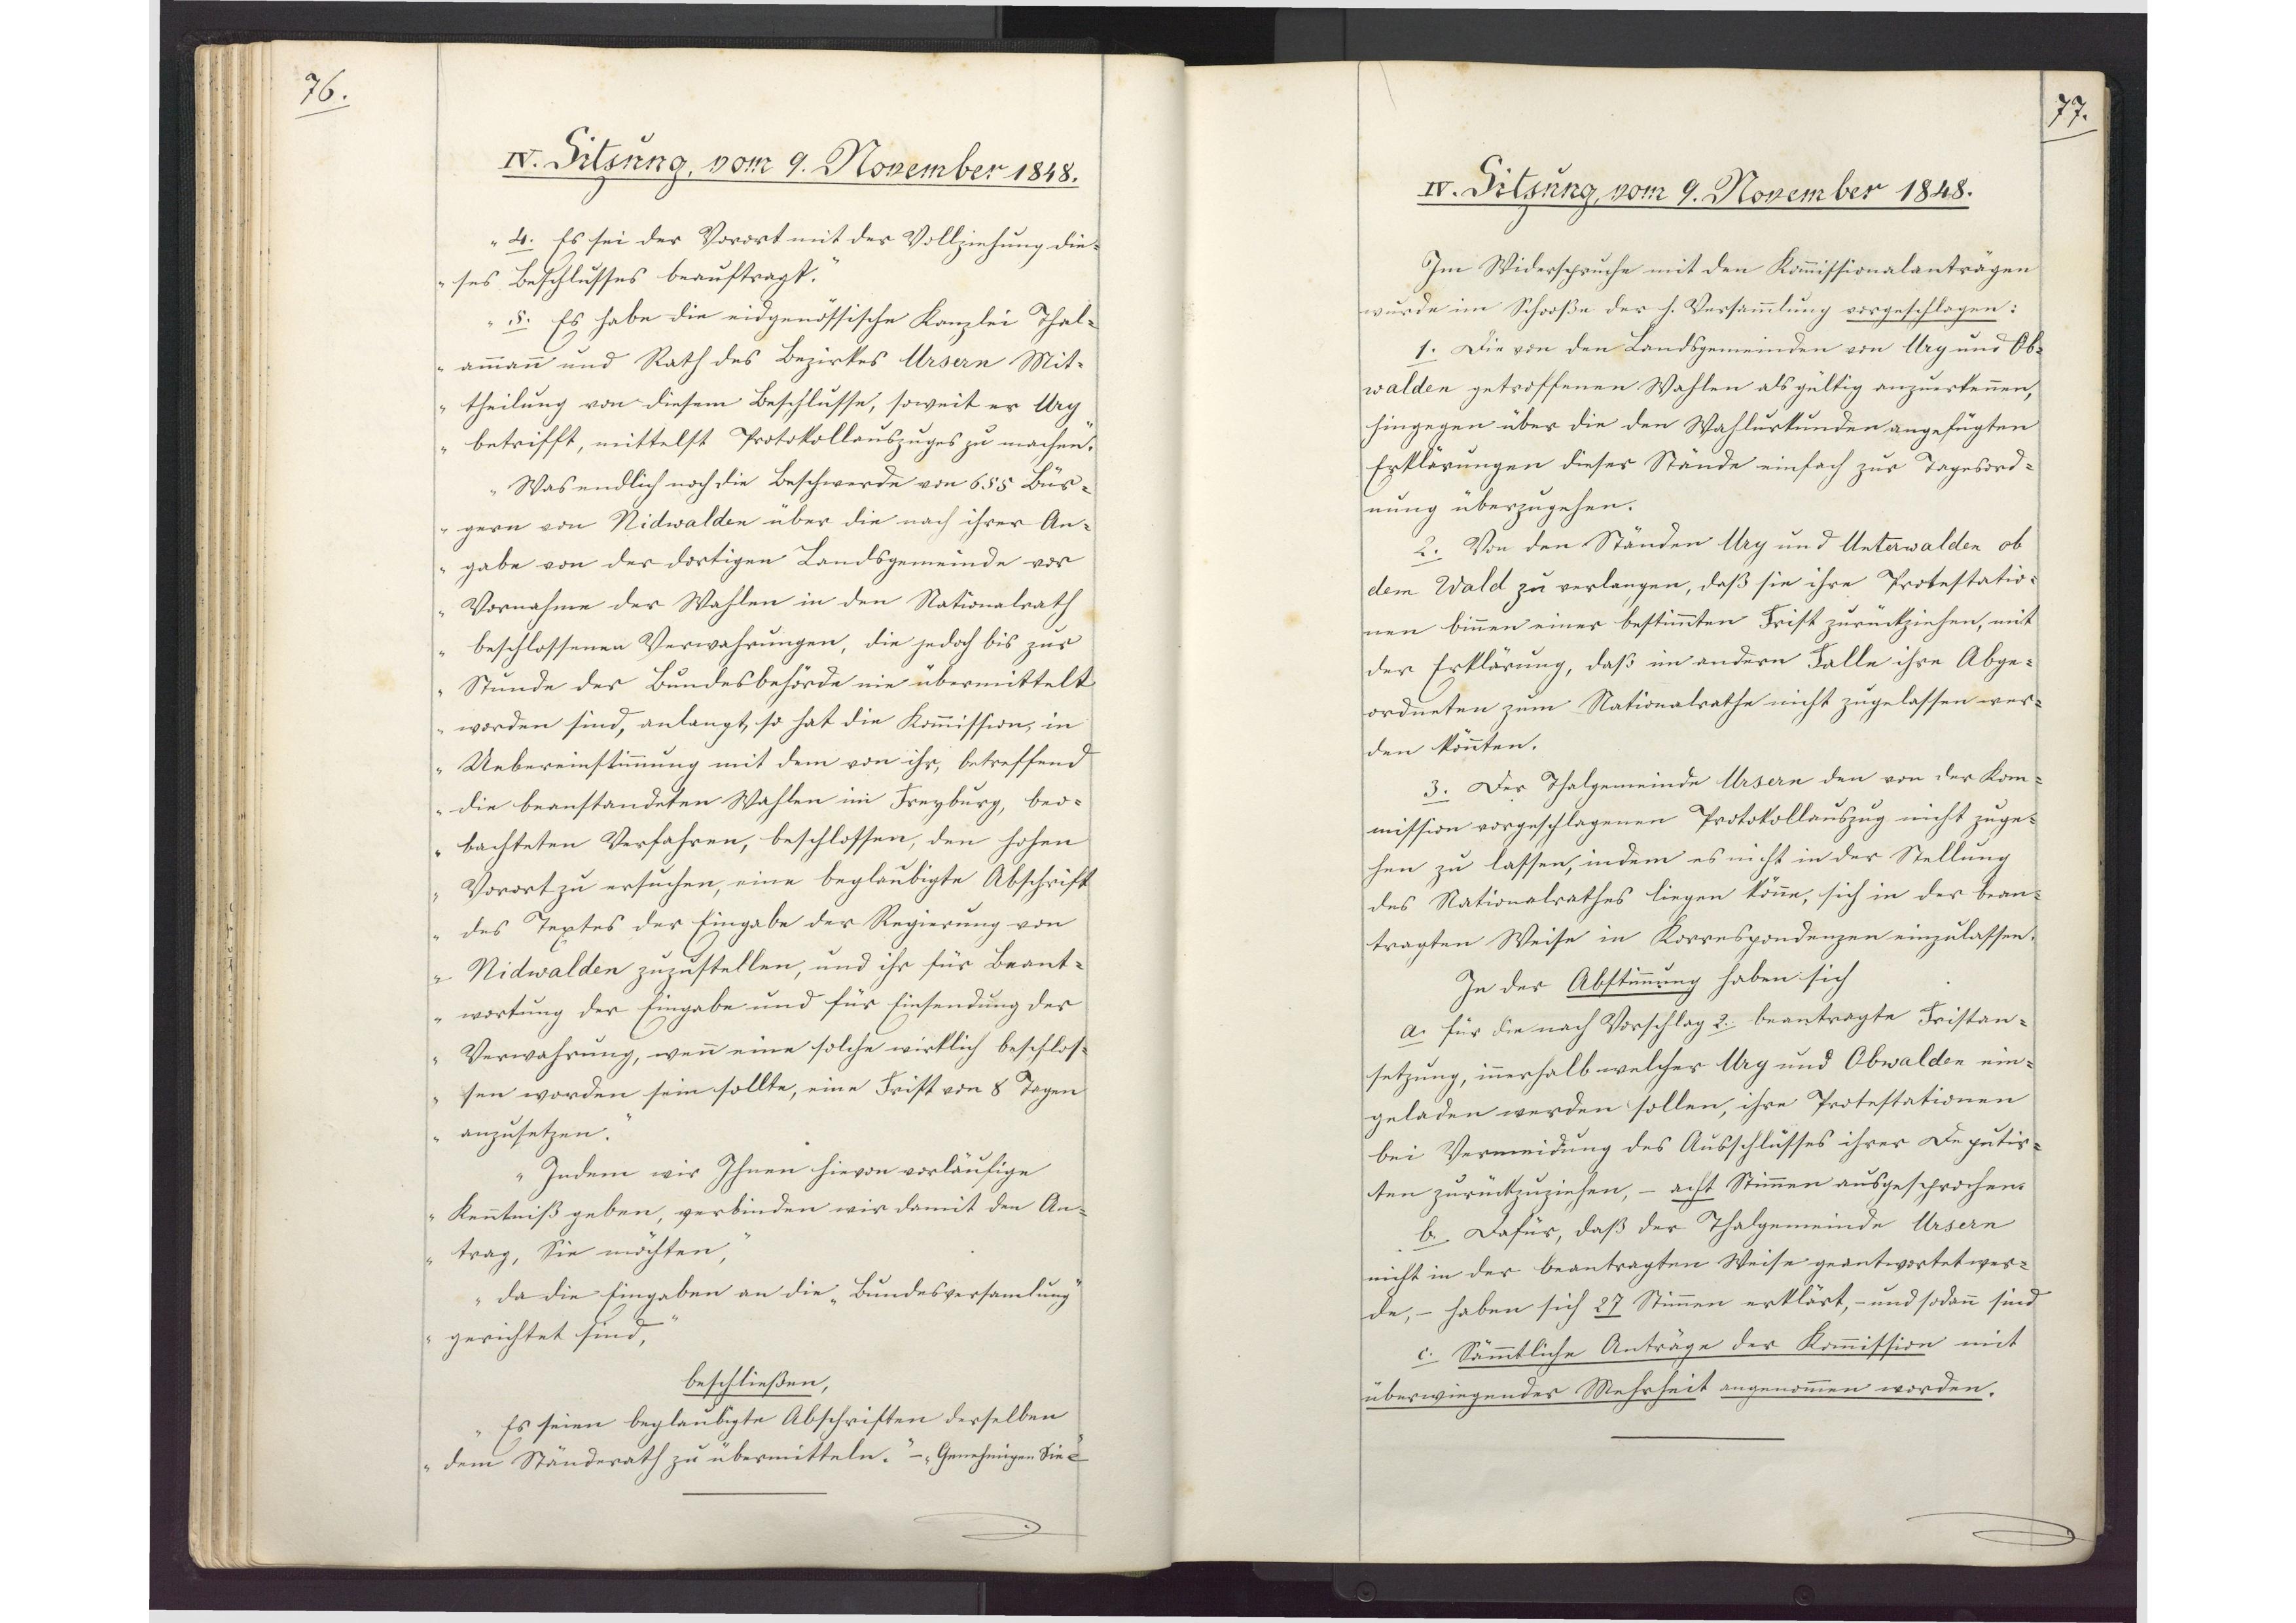
76.

IV. Sitzung, vom 9. November 1848.

4. Es sei der Vorort mit der Vollziehung die¬
ses Beschlusses beauftragt.
5. Es habe die eidgenössische Kanzlei Thal¬
ammann und Rath des Bezirkes Ursern Mit¬
theilung von diesem Beschlusse, soweit er Ury
betrifft, mittelst Protokollauszuges zu machen."
"Was endlich noch die Beschwerde von 655 Bür¬
gern von Nidwalden über die nach ihrer An¬
gabe von der dortigen Landsgemeinde vor
Vornahme der Wahlen in den Nationalrath
beschlossenen Verwahrungen, die jedoch bis zur
Stunde der Bundesbehörde nie übermittelt
worden sind, anlangt, so hat die Kommission, in
Uebereinstimmung mit dem von ihr, betreffend
die beanstandeten Wahlen im Freyburg, beo¬
bachteten Verfahren, beschlossen, den hohen
Vorort zu ersuchen, eine beglaubigte Abschrift
des Textes der Eingabe der Regierung von
Nidwalden zuzustellen, und ihr für Beant¬
wortung der Eingabe und für Einsendung der
Verwahrung, wenn eine solche wirklich beschlos¬
sen worden sein sollte, eine Frist von 8 Tagen
anzusetzen.
Indem wir Ihnen hievon vorläufige
Kenntniß geben, verbinden wir damit den An¬
trag, Sie möchten,
da die Eingaben an die "Bundesversamlung"
gerichtet sind,
beschließen,
Es seien beglaubigte Abschriften derselben
dem Ständerath zu übermitteln." - "Genehmigen Sie etc."

77.

IV. Sitzung, vom 9. November 1848.

Im Widerspruche mit der Kommissionalanträgen
wurde im Schooße der h. Versammlung vorgeschlagen:
1. Die von den Landsgemeinden von Ury und Ob¬
walden getroffenen Wahlen als gültig anzuerkennen,
hingegen über die den Wahlurkunden angefügten
Erklärungen dieser Stände einfach zur Tagesord¬
nung überzugehen.
2. Von den Ständen Ury und Unterwalden ob
dem Wald zu verlangen, daß sie ihre Protestatio¬
nen binnen einer bestimmten Frist zurückziehen, mit
der Erklärung, daß im andern Falle ihre Abge¬
ordneten zum Nationalrathe nicht zugelassen wer¬
den könnten.
3. Der Thalgemeinde Ursern den von der Kom¬
mission vorgeschlagenen Protokollauszug nicht zuge¬
hen zu lassen, indem es nicht in der Stellung
des Nationalrathes liegen könne, sich in der bean¬
tragten Weise in Korrespondenzen einzulassen.
In der Abstimmung haben sich
a. für die nach Vorschlag 2. beantragte Fristan¬
setzung, innerhalb welcher Ury und Obwalden ein¬
geladen werden sollen, ihre Protestationen
bei Vermeidung des Ausschlusses ihrer Deputir¬
ten zurückzuziehen - acht Stimmen ausgesprochen.
b. Dafür, daß der Thalgemeinde Ursern
nicht in der beantragten Weise geantwortet wer¬
de, - haben sich 27 Stimmen erklärt, - und sodann sind
c. Sämmtliche Anträge der Kommission mit
überwiegender Mehrheit angenommen worden.